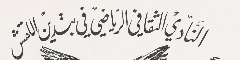
النَادي الثقافي الرياضي في بتدين اللقش